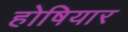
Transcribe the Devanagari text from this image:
होषियार